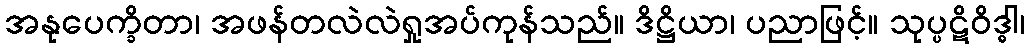
အနုပေက္ခိတာ၊ အဖန်တလဲလဲရှုအပ်ကုန်သည်။ ဒိဋ္ဌိယာ၊ ပညာဖြင့်။ သုပ္ပဋိဝိဒ္ဓါ၊